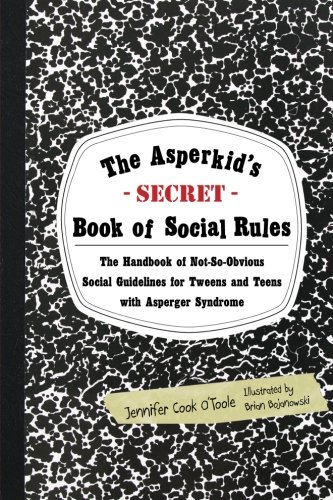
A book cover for The Asperkid's (Secret) Book of Social Rules: The Handbook of Not-So-Obvious Social Guidelines for Tweens and Teens with Asperger Syndrome; Jennifer Cook O'Toole; Education & Teaching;